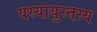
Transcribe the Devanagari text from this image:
यस्यायुस्तस्य